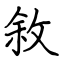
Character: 敘